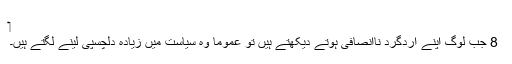
‏
8 جب لوگ اپنے اِردگِرد نااِنصافی ہوتے دیکھتے ہیں تو عموماً وہ سیاست میں زیادہ دلچسپی لینے لگتے ہیں۔